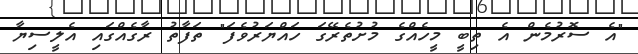
"އެ ސޮރުމެން އެ ތިބީ މީހެއްގެ މުށުތެރޭގަ ހައްޔަރުވެފަ" ތަފާތު ރާގެއްގައި އެލީސިޔާ